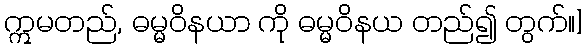
ဣမတည်, ဓမ္မဝိနယာ ကို ဓမ္မဝိနယ တည်၍ တွက်။]